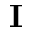
\bf { I }